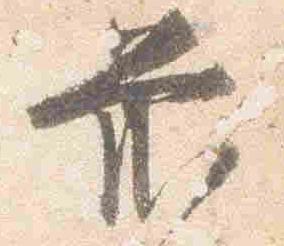
前